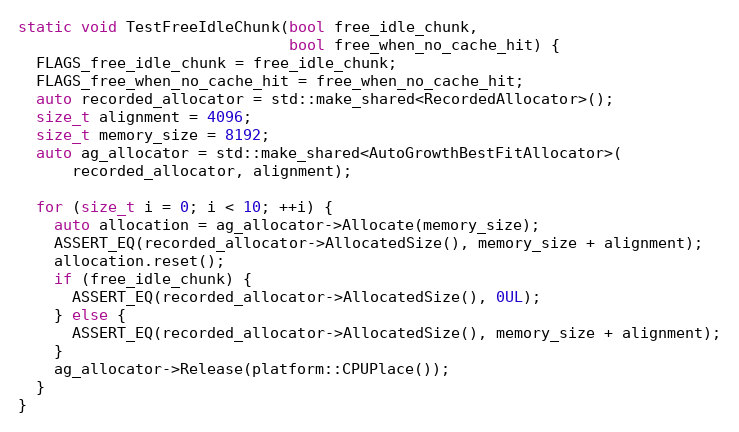
Language: C++
static void TestFreeIdleChunk(bool free_idle_chunk,
                              bool free_when_no_cache_hit) {
  FLAGS_free_idle_chunk = free_idle_chunk;
  FLAGS_free_when_no_cache_hit = free_when_no_cache_hit;
  auto recorded_allocator = std::make_shared<RecordedAllocator>();
  size_t alignment = 4096;
  size_t memory_size = 8192;
  auto ag_allocator = std::make_shared<AutoGrowthBestFitAllocator>(
      recorded_allocator, alignment);

  for (size_t i = 0; i < 10; ++i) {
    auto allocation = ag_allocator->Allocate(memory_size);
    ASSERT_EQ(recorded_allocator->AllocatedSize(), memory_size + alignment);
    allocation.reset();
    if (free_idle_chunk) {
      ASSERT_EQ(recorded_allocator->AllocatedSize(), 0UL);
    } else {
      ASSERT_EQ(recorded_allocator->AllocatedSize(), memory_size + alignment);
    }
    ag_allocator->Release(platform::CPUPlace());
  }
}